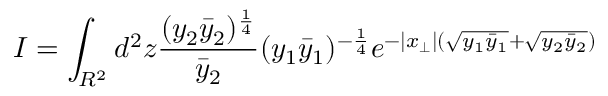
I = \int _ { R ^ { 2 } } d ^ { 2 } z \frac { ( y _ { 2 } \bar { y } _ { 2 } ) ^ { \frac { 1 } { 4 } } } { \bar { y } _ { 2 } } ( y _ { 1 } \bar { y } _ { 1 } ) ^ { - \frac { 1 } { 4 } } e ^ { - | x _ { \perp } | ( \sqrt { y _ { 1 } \bar { y } _ { 1 } } + \sqrt { y _ { 2 } \bar { y } _ { 2 } } ) }